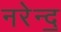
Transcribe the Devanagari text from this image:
नरेन्द॒